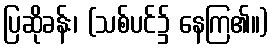
ပြဆိုခန်း၊ (သစ်ပင်၌ နေကြ၏။)